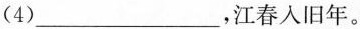
(4)___，江春入旧年。